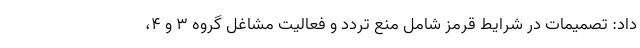
داد: تصمیمات در شرایط قرمز شامل منع تردد و فعالیت مشاغل گروه ۳ و ۴،